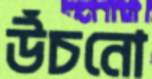
উঁচনো